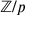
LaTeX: \mathbb { Z } / p